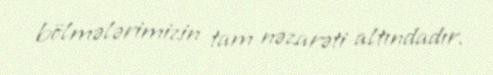
bölmələrimizin tam nəzarəti altındadır.